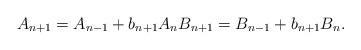
LaTeX: \begin{align*}A_{n+1} = A_{n-1} + b_{n+1} A_n B_{n+1} = B_{n-1} + b_{n+1} B_n.\end{align*}